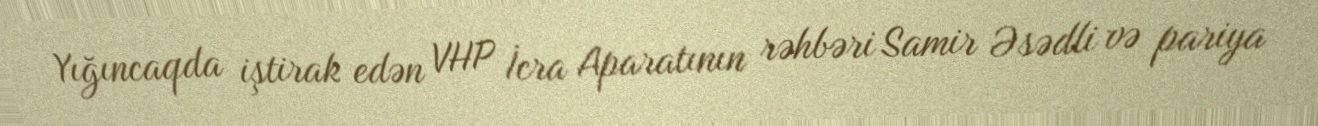
Yığıncaqda iştirak edən VHP İcra Aparatının rəhbəri Samir Əsədli və pariya